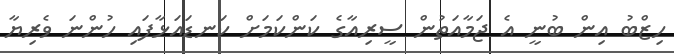
ހިޒްބު އިން ބުނީ އެ ޖަމާއަތުން ސީރިއާގެ ކަންކަމަށް ކަނޑައަޅާފައި ހުންނަ ވެރިޔާ